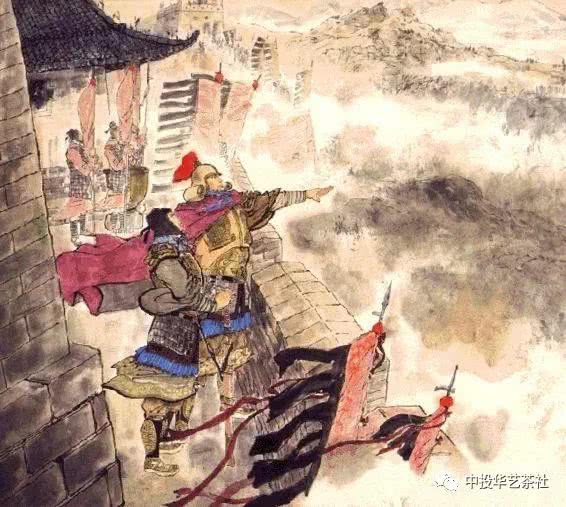
关城榆叶早疏黄，日暮云沙古战场。